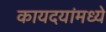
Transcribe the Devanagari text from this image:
कायदयांमध्ये